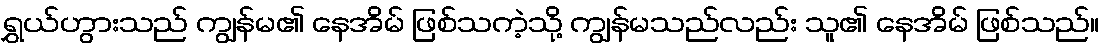
ရွှယ်ဟွားသည် ကျွန်မ၏ နေအိမ် ဖြစ်သကဲ့သို့ ကျွန်မသည်လည်း သူ၏ နေအိမ် ဖြစ်သည်။